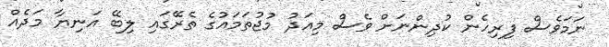
ނަމަވެސް ފިރިހެން ކުދިންނަށް ވެސް މިއަދު މުޖުތަމައުގެ ތެރޭގައި ލިބޭ އަނިޔާ މަދެއް